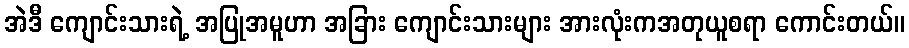
အဲဒီ ကျောင်းသားရဲ့ အပြုအမူဟာ အခြား ကျောင်းသားများ အားလုံးကအတုယူစရာ ကောင်းတယ်။